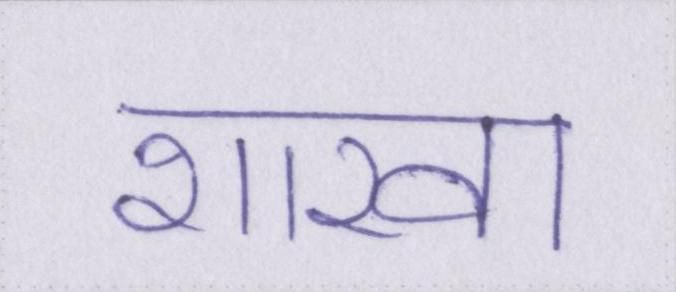
शाखा